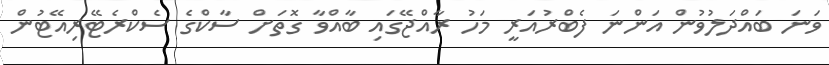
ވަނަ ބައްދަލުވުން އަންނަ ފެބްރުއަރީ މަހު ރާއްޖޭގައި ބާއްވާ ގޮތަށް ސާކްގެ ސެކްރެޓޭރިއޭޓުން